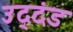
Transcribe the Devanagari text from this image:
उद्‌दंड